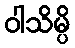
ဝါသိမ္ပိ